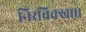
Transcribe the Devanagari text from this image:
निरविक्खा।।